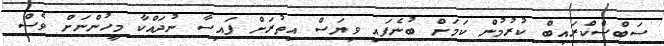
ސަބްސްކްރައިބް ކުރުމުން ކަމަށް ބުނެފައި ވިޔަސް އިތުރަށް ފައިސާ ނުދައްކާ މީހުންނަށް ވެސް